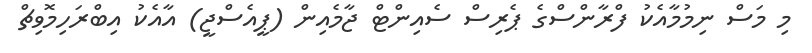
މި މަސް ނިމުމާއެކު ފްރާންސްގެ ޕެރިސް ސެއިންޓް ޖާމެއިން (ޕީއެސްޖީ) އާއެކު އިބްރަހިމޮވިޗް